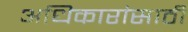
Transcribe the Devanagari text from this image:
अधिकारांसाठी